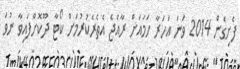
ފެށިގެން 2014 ވަނަ އަހަރާ ހަމައަށް ރާއްޖެ އެތެރެކުރުމަށް ކޯޓާ ދޫކޮށްފައިވާ ނުވަ